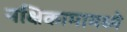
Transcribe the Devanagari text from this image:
नक्षिकामामध्ये